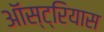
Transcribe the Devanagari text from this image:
ऑस्ट्रियास